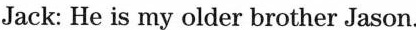
Jack: He is my older brother Jason.